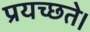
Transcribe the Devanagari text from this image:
प्रयच्छते।